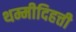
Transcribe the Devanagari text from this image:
थम्मीदिहत्ती